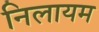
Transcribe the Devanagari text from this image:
निलायम